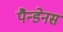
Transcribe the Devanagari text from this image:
पैन्डेनस